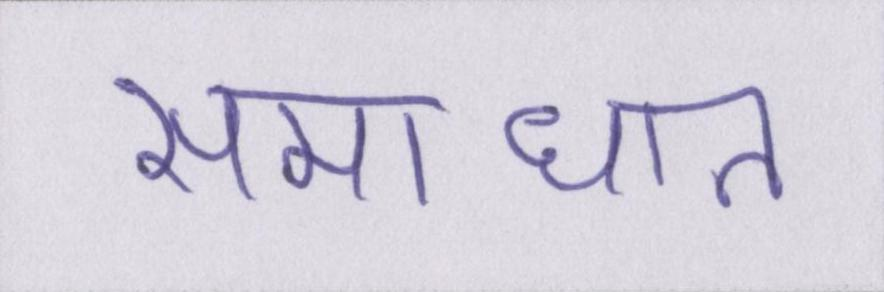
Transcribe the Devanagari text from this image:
समाधान